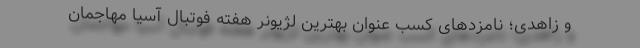
و زاهدی؛ نامزدهای کسب عنوان بهترین لژیونر هفته فوتبال آسیا مهاجمان